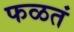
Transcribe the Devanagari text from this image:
फळतं